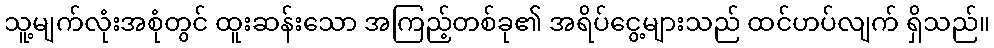
သူ့မျက်လုံးအစုံတွင် ထူးဆန်းသော အကြည့်တစ်ခု၏ အရိပ်ငွေ့များသည် ထင်ဟပ်လျက် ရှိသည်။